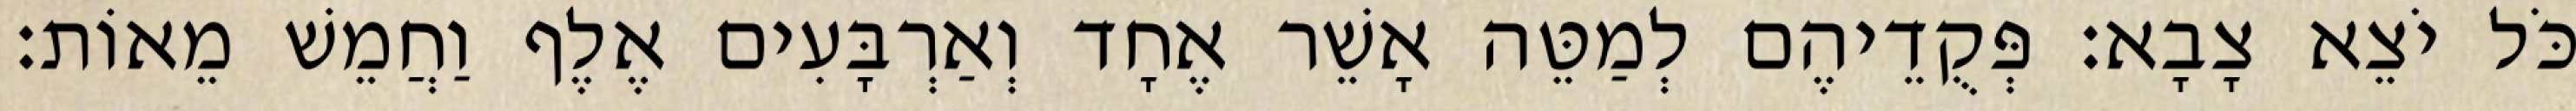
כֹּל יֹצֵא צָבָא׃ פְּקֻדֵיהֶם לְמַטֵּה אָשֵׁר אֶחָד וְאַרְבָּעִים אֶלֶף וַחֲמֵשׁ מֵאוֹת׃